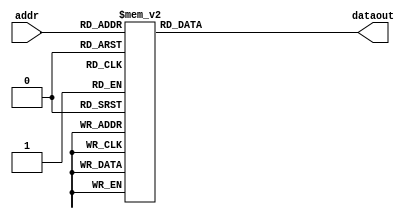
/*
* Module         - ROM_nlp_fir[
* Top module     - cbselect
* Project        - CODEC2_ENCODE_2400
* Developer      - Santhiya S
* Date           - Mon Feb 04 15:19:31 2019
*
* Description    -
* Inputs         -

*32 bits fixed point representation
   S - E  - M
   1 - 15 - 16
*/
module ROM_nlp_fir(addr,dataout);

	parameter N = 80;
	input [5:0] addr;
	output reg [N-1:0] dataout;

	reg [N-1:0] nlp_fir[47:0];
	
	always@(*)
	begin
nlp_fir[0]  = 80'b10000000000000000000000000000000000000000000000000000000000000000000000001000110;
nlp_fir[1]  = 80'b10000000000000000000000000000000000000000000000000000000000000000000000001001000;
nlp_fir[2]  = 80'b10000000000000000000000000000000000000000000000000000000000000000000000000111100;
nlp_fir[3]  = 80'b10000000000000000000000000000000000000000000000000000000000000000000000000011011;
nlp_fir[4]  = 80'b00000000000000000000000000000000000000000000000000000000000000000000000000100100;
nlp_fir[5]  = 80'b00000000000000000000000000000000000000000000000000000000000000000000000010000011;
nlp_fir[6]  = 80'b00000000000000000000000000000000000000000000000000000000000000000000000011110010;
nlp_fir[7]  = 80'b00000000000000000000000000000000000000000000000000000000000000000000000101010001;
nlp_fir[8]  = 80'b00000000000000000000000000000000000000000000000000000000000000000000000101101110;
nlp_fir[9]  = 80'b00000000000000000000000000000000000000000000000000000000000000000000000100011010;
nlp_fir[10]  = 80'b00000000000000000000000000000000000000000000000000000000000000000000000000110100;
nlp_fir[11]  = 80'b10000000000000000000000000000000000000000000000000000000000000000000000100111011;
nlp_fir[12]  = 80'b10000000000000000000000000000000000000000000000000000000000000000000001011111111;
nlp_fir[13]  = 80'b10000000000000000000000000000000000000000000000000000000000000000000010010101000;
nlp_fir[14]  = 80'b10000000000000000000000000000000000000000000000000000000000000000000010110100110;
nlp_fir[15]  = 80'b10000000000000000000000000000000000000000000000000000000000000000000010101011011;
nlp_fir[16]  = 80'b10000000000000000000000000000000000000000000000000000000000000000000001101000111;
nlp_fir[17]  = 80'b00000000000000000000000000000000000000000000000000000000000000000000000011010011;
nlp_fir[18]  = 80'b00000000000000000000000000000000000000000000000000000000000000000000011011010100;
nlp_fir[19]  = 80'b00000000000000000000000000000000000000000000000000000000000000000000111000110110;
nlp_fir[20]  = 80'b00000000000000000000000000000000000000000000000000000000000000000001011000011000;
nlp_fir[21]  = 80'b00000000000000000000000000000000000000000000000000000000000000000001110101100011;
nlp_fir[22]  = 80'b00000000000000000000000000000000000000000000000000000000000000000010001100000001;
nlp_fir[23]  = 80'b00000000000000000000000000000000000000000000000000000000000000000010011000001111;
nlp_fir[24]  = 80'b00000000000000000000000000000000000000000000000000000000000000000010011000001111;
nlp_fir[25]  = 80'b00000000000000000000000000000000000000000000000000000000000000000010001100000001;
nlp_fir[26]  = 80'b00000000000000000000000000000000000000000000000000000000000000000001110101100011;
nlp_fir[27]  = 80'b00000000000000000000000000000000000000000000000000000000000000000001011000011000;
nlp_fir[28]  = 80'b00000000000000000000000000000000000000000000000000000000000000000000111000110110;
nlp_fir[29]  = 80'b00000000000000000000000000000000000000000000000000000000000000000000011011010100;
nlp_fir[30]  = 80'b00000000000000000000000000000000000000000000000000000000000000000000000011010011;
nlp_fir[31]  = 80'b10000000000000000000000000000000000000000000000000000000000000000000001101000111;
nlp_fir[32]  = 80'b10000000000000000000000000000000000000000000000000000000000000000000010101011011;
nlp_fir[33]  = 80'b10000000000000000000000000000000000000000000000000000000000000000000010110100110;
nlp_fir[34]  = 80'b10000000000000000000000000000000000000000000000000000000000000000000010010101000;
nlp_fir[35]  = 80'b10000000000000000000000000000000000000000000000000000000000000000000001011111111;
nlp_fir[36]  = 80'b10000000000000000000000000000000000000000000000000000000000000000000000100111011;
nlp_fir[37]  = 80'b00000000000000000000000000000000000000000000000000000000000000000000000000110100;
nlp_fir[38]  = 80'b00000000000000000000000000000000000000000000000000000000000000000000000100011010;
nlp_fir[39]  = 80'b00000000000000000000000000000000000000000000000000000000000000000000000101101110;
nlp_fir[40]  = 80'b00000000000000000000000000000000000000000000000000000000000000000000000101010001;
nlp_fir[41]  = 80'b00000000000000000000000000000000000000000000000000000000000000000000000011110010;
nlp_fir[42]  = 80'b00000000000000000000000000000000000000000000000000000000000000000000000010000011;
nlp_fir[43]  = 80'b00000000000000000000000000000000000000000000000000000000000000000000000000100100;
nlp_fir[44]  = 80'b10000000000000000000000000000000000000000000000000000000000000000000000000011011;
nlp_fir[45]  = 80'b10000000000000000000000000000000000000000000000000000000000000000000000000111100;
nlp_fir[46]  = 80'b10000000000000000000000000000000000000000000000000000000000000000000000001001000;
nlp_fir[47]  = 80'b10000000000000000000000000000000000000000000000000000000000000000000000001000110;
		
		dataout = nlp_fir[addr];
	end
endmodule